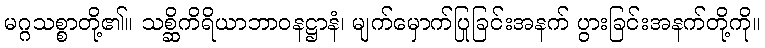
မဂ္ဂသစ္စာတို့၏။ သစ္ဆိကိရိယာဘာဝနဋ္ဌာနံ၊ မျက်မှောက်ပြုခြင်းအနက် ပွားခြင်းအနက်တို့ကို။